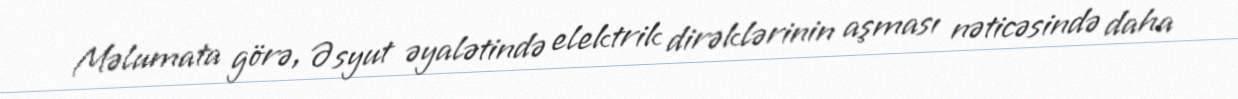
Məlumata görə, Əsyut əyalətində elektrik dirəklərinin aşması nəticəsində daha